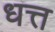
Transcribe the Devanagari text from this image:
धत्त